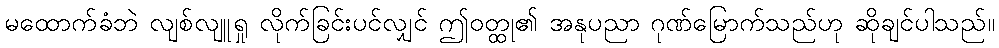
မထောက်ခံဘဲ လျစ်လျူရှု လိုက်ခြင်းပင်လျှင် ဤဝတ္ထု၏ အနုပညာ ဂုဏ်မြောက်သည်ဟု ဆိုချင်ပါသည်။